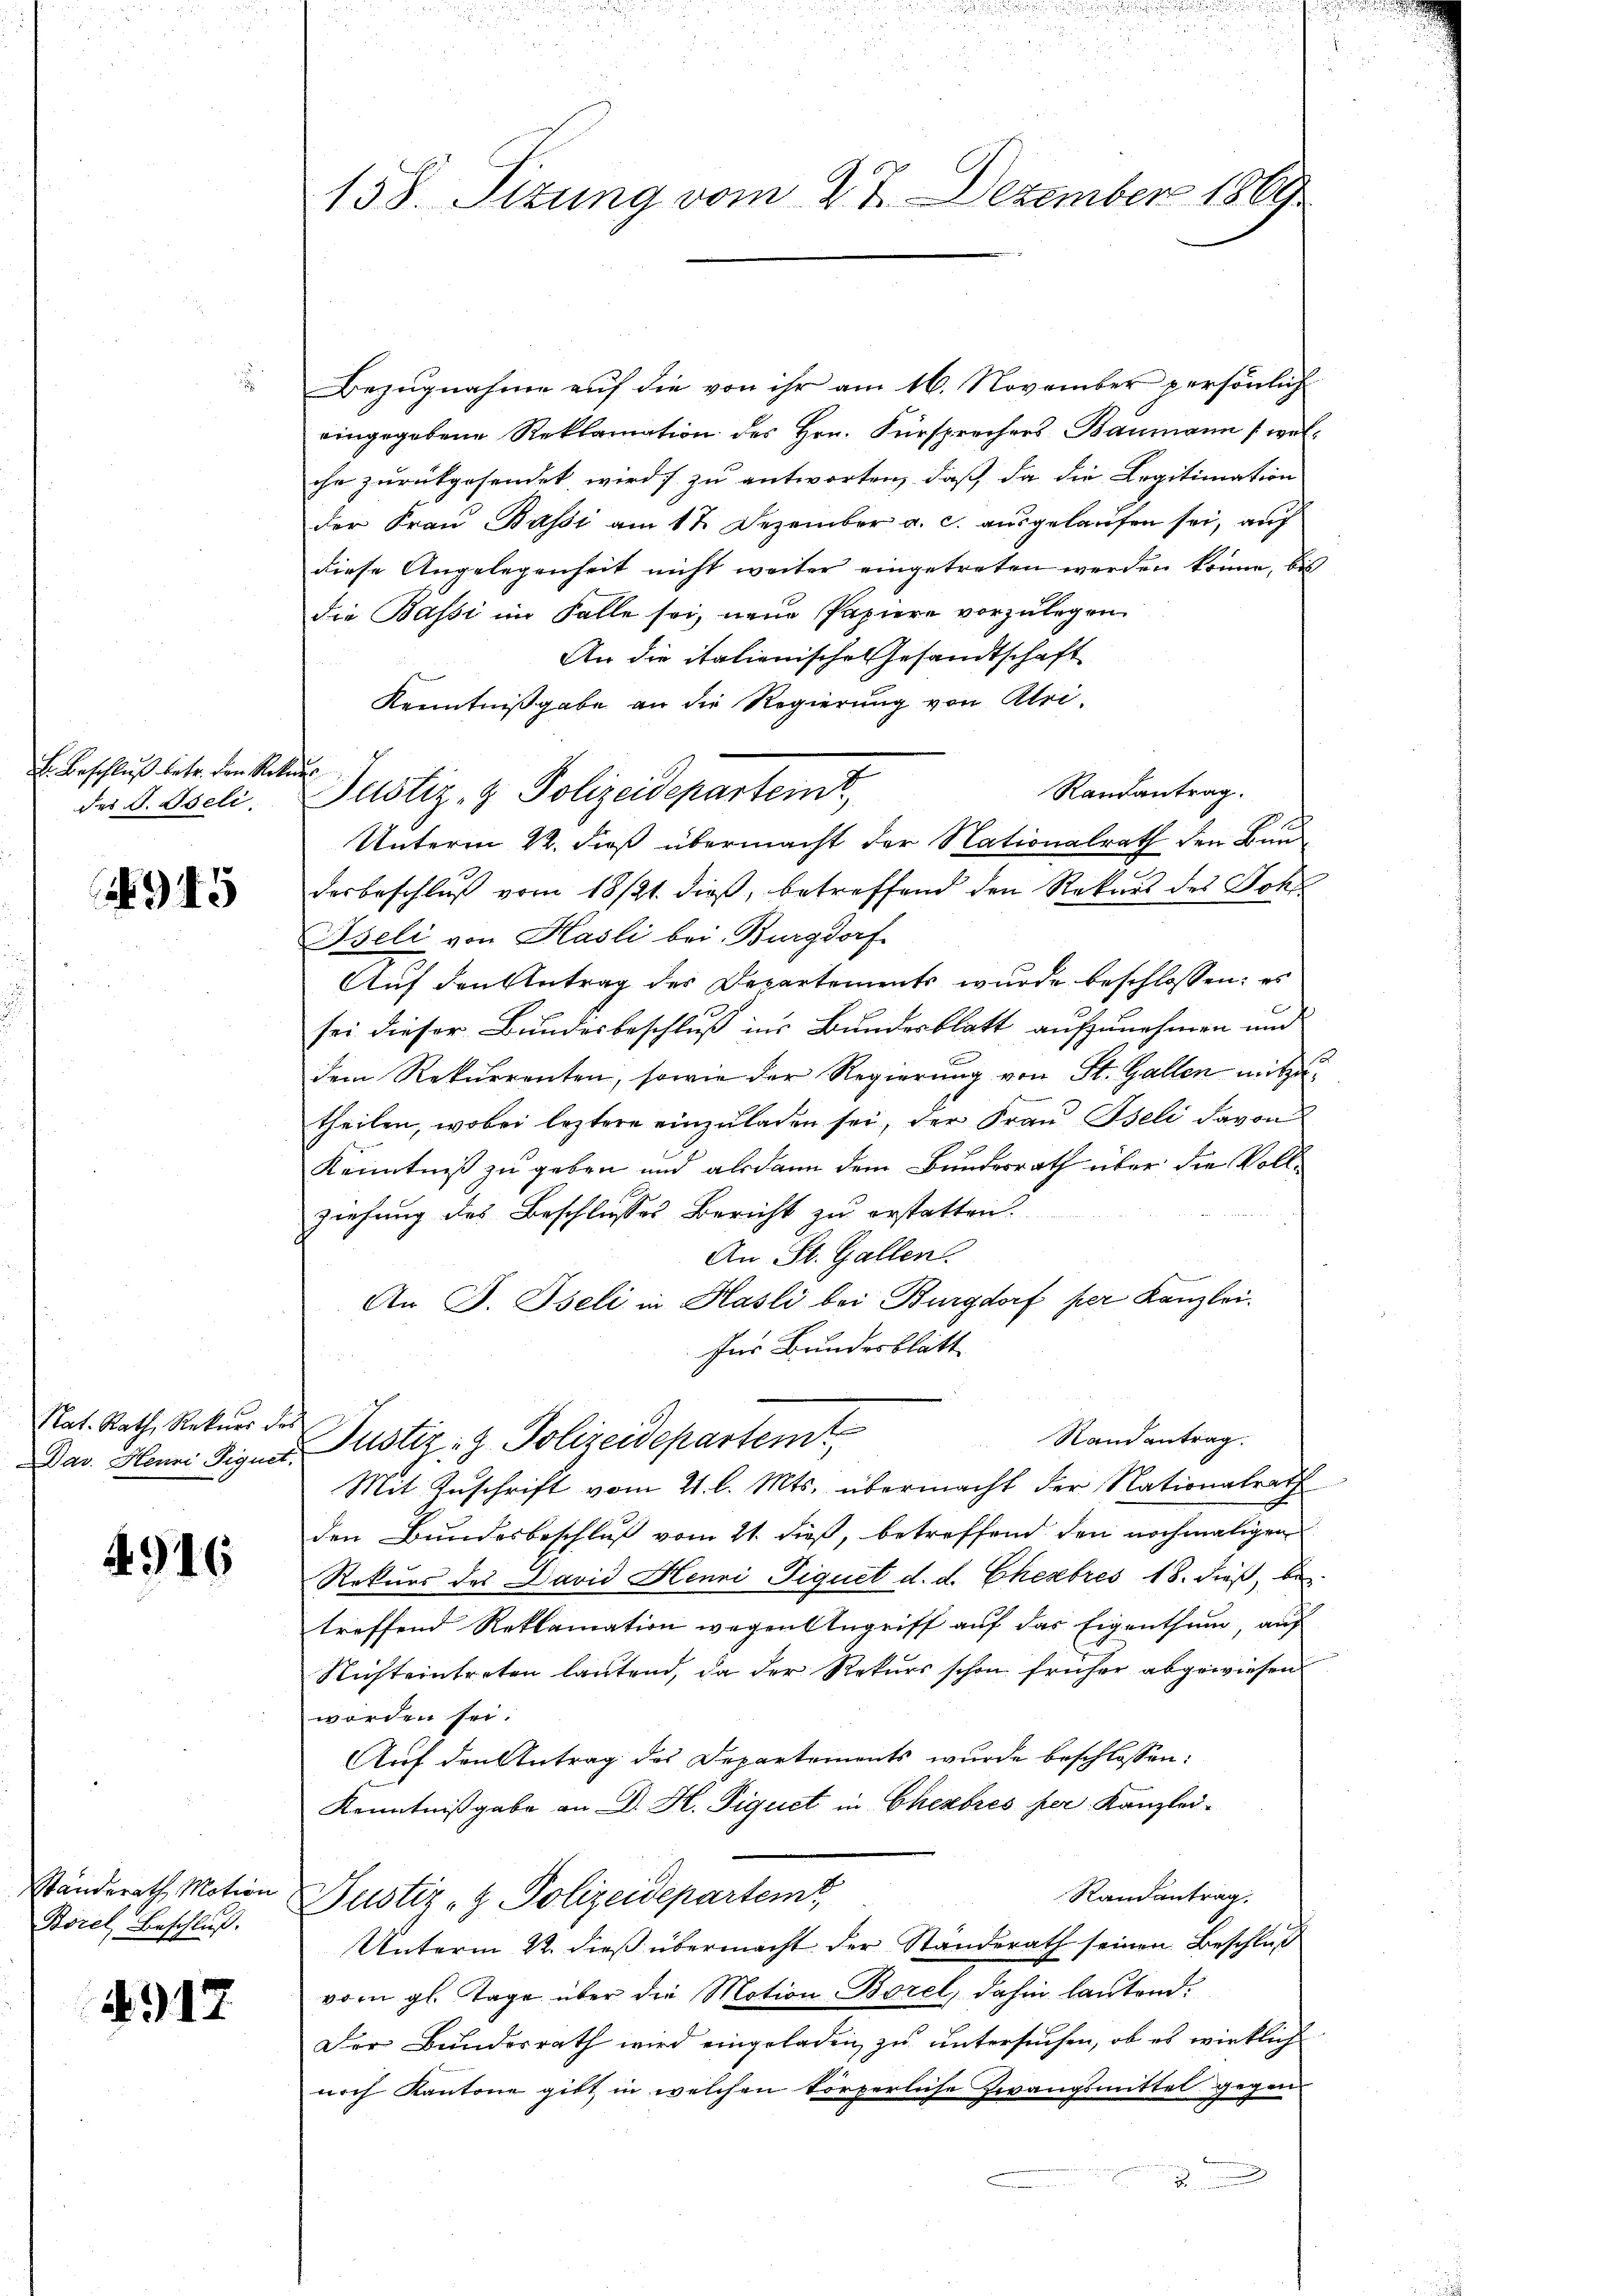
E. Beschluß betr. den Rekurs
des I. Iseli

45

Rat. Rath, Rekurs des
Dav. Henri Figuet

4916

Ständerath Motion
Borel, Beschluß.

4917.

158. Sizung vom 27. Dezember 1869

Bezugnahme auf die von ihr am 16. November persönlich
eingegebene Reklamation des Hrn. Fürsprechers Baumann (welche zurückgesendet wird zu antworten, daß da die Legitimation
der Frau Bassi am 17. Dezember a. c. ausgelaufen sei, auf
diese Angelegenheit nicht weiter eingetreten werden könne, bis
die Bassi im Falle sei, neue Papiere vorzulegen
An die italienische Gesandtschaft
Kenntnißgabe an die Regierung von Abri¬
Randantrag.
Unterm 22. dieß übermacht der Nationalrath den Bauderbeschluß vom 18/21. dieß, betreffend den Rekurs des Joha
Bseli von Kasli bei Burgdorf
Auf den Antrag des Departements wurde beschlossen: es
sei dieser Bundesbeschluß ins Bundesblatt aufzunehmen und
dem Rekurrenten, sowie der Regierung von St. Gallen mitzutheilen, wobei leztere einzuladen sei, der Frau Iseli davon
Kenntniß zu geben und alsdann dem Bundesrath über die Vollziehung des Beschlusses Bericht zu erstatten.
An St. Gallen.
An F. Iseli in Hasli bei Burgdorf per Kanzlei.
für Bundesblatt
Randantrag.
Justiz- & Polizeidepartem
Mit Zuschrift vom 21. l. Mts. übermacht der Nationalrath
den Bundesbeschluß vom 21. dieß, betreffend den nochmaligen
Rekurs des David Henri Fiquet d. d. Ehesebres 18. dieß, be
treffend Reklamation wegen Angriff auf das Eigenthum, auf
Nichteintreten lautend, da der Rekurs schon früher abgewiesen
worden sei.
Auf den Antrag des Departements wurde beschlossen:
Kenntnißgabe an D. H. Siquet in Cherbres per Kanzlei-
Randantrag.
Justiz- & Polizeidepartem
Unterm 22. dieß übermacht der Standerath seinen Beschluß
vom gl. Tage über die Motion Borel, dahin lautend.
Der Bundesrath wird eingeladen zu untersuchen, ob es wirklich
noch Kantone gibt in welchen körperliche Zwangsmittel gegen
5

Justiz- & Polizeideparteint,